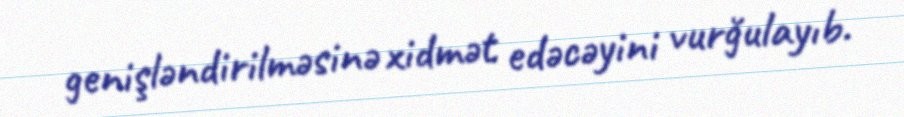
genişləndirilməsinə xidmət edəcəyini vurğulayıb.